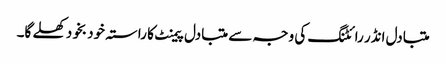
متبادل انڈر رائٹنگ کی وجہ سے متبادل پیمنٹ کا راستہ خود بخود کھلے گا۔